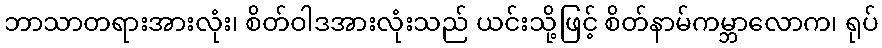
ဘာသာတရားအားလုံး၊ စိတ်ဝါဒအားလုံးသည် ယင်းသို့ဖြင့် စိတ်နာမ်ကမ္ဘာလောက၊ ရုပ်